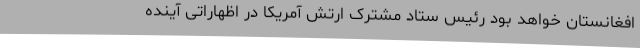
افغانستان خواهد بود رئیس ستاد مشترک ارتش آمریکا در اظهاراتی آینده